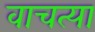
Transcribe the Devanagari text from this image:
वाचत्या